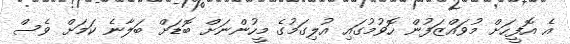
އެ އޮފީހަށް މުވައްޒަފުން ހޮވުމުގައި އުލިގަމުގެ މީހުންނަށް ބޮޑަށް ބަލާނެ ކަމަށް ވެސް